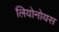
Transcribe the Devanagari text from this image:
लियोनोयस